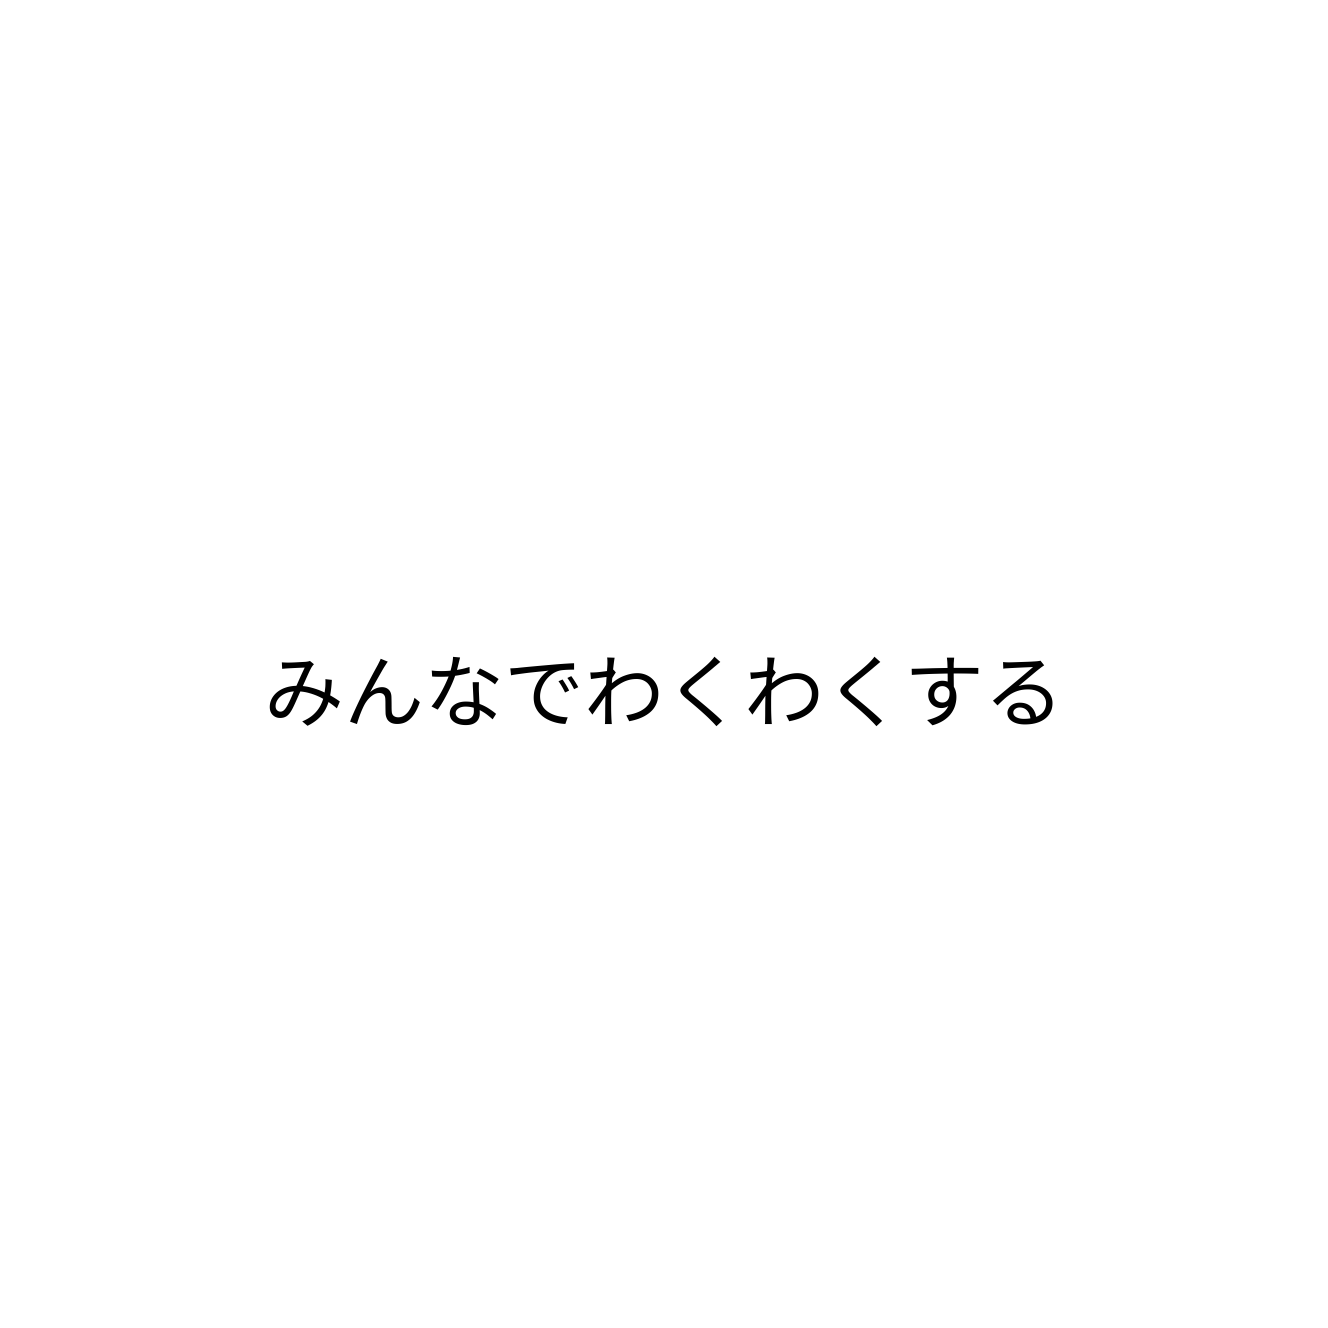
みんなでわくわくする